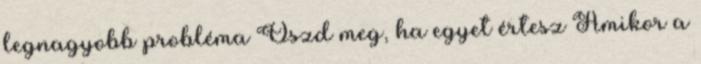
legnagyobb probléma Oszd meg, ha egyet értesz Amikor a